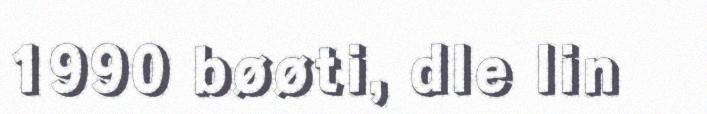
1990 bøøti, dle lin